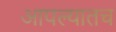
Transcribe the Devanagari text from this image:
आपल्यातच